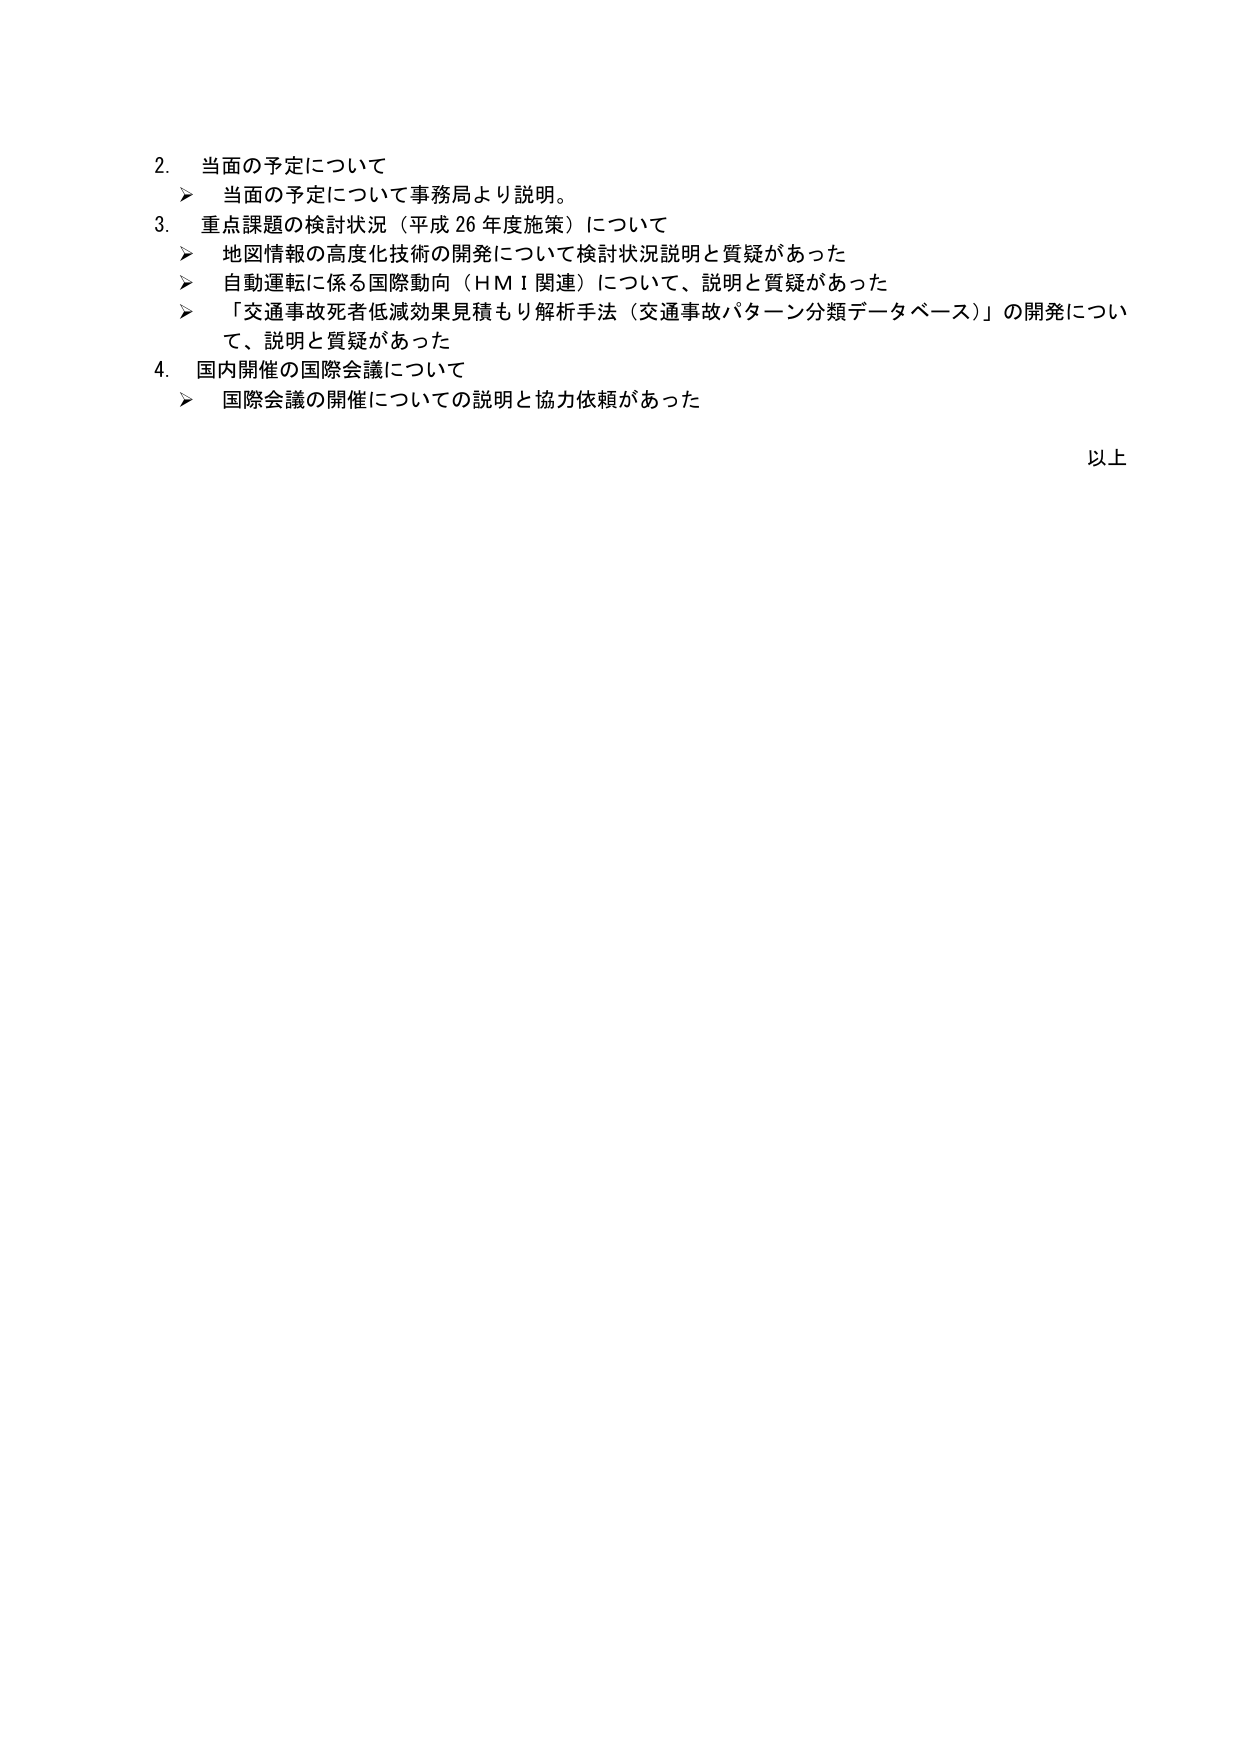
2. 当面の予定について
　➤ 当面の予定について事務局より説明。

3. 重点課題の検討状況（平成26年度施策）について
　➤ 地図情報の高度化技術の開発について検討状況説明と質疑があった
　➤ 自動運転に係る国際動向（HMI関連）について、説明と質疑があった
　➤ 「交通事故死者低減効果見積もり解析手法（交通事故パターン分類データベース）」の開発について、説明と質疑があった

4. 国内開催の国際会議について
　➤ 国際会議の開催についての説明と協力依頼があった

以上